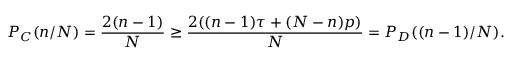
P _ { C } ( n / N ) = \frac { 2 ( n - 1 ) } { N } \geq \frac { 2 ( ( n - 1 ) \tau + ( N - n ) p ) } { N } = P _ { D } ( ( n - 1 ) / N ) .